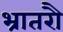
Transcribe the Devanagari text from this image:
भ्रातरौ